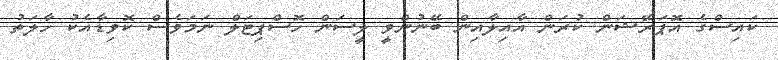
ކައިސްގެ އޮޕަރޭޝަން ކުރަން އާއިލާއިން ބޭނުންވީ ލީސަން ހޮސްޕިޓަލް ނަމަވެސް ކޮވިޑާއެކު ހާލަތު